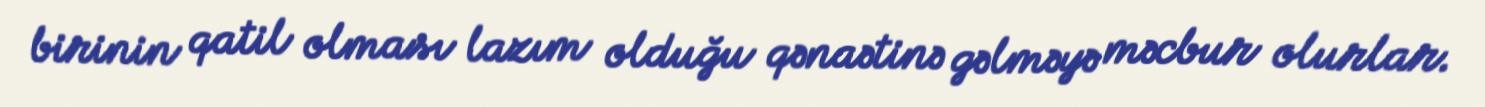
birinin qatil olması lazım olduğu qənaətinə gəlməyə məcbur olurlar.